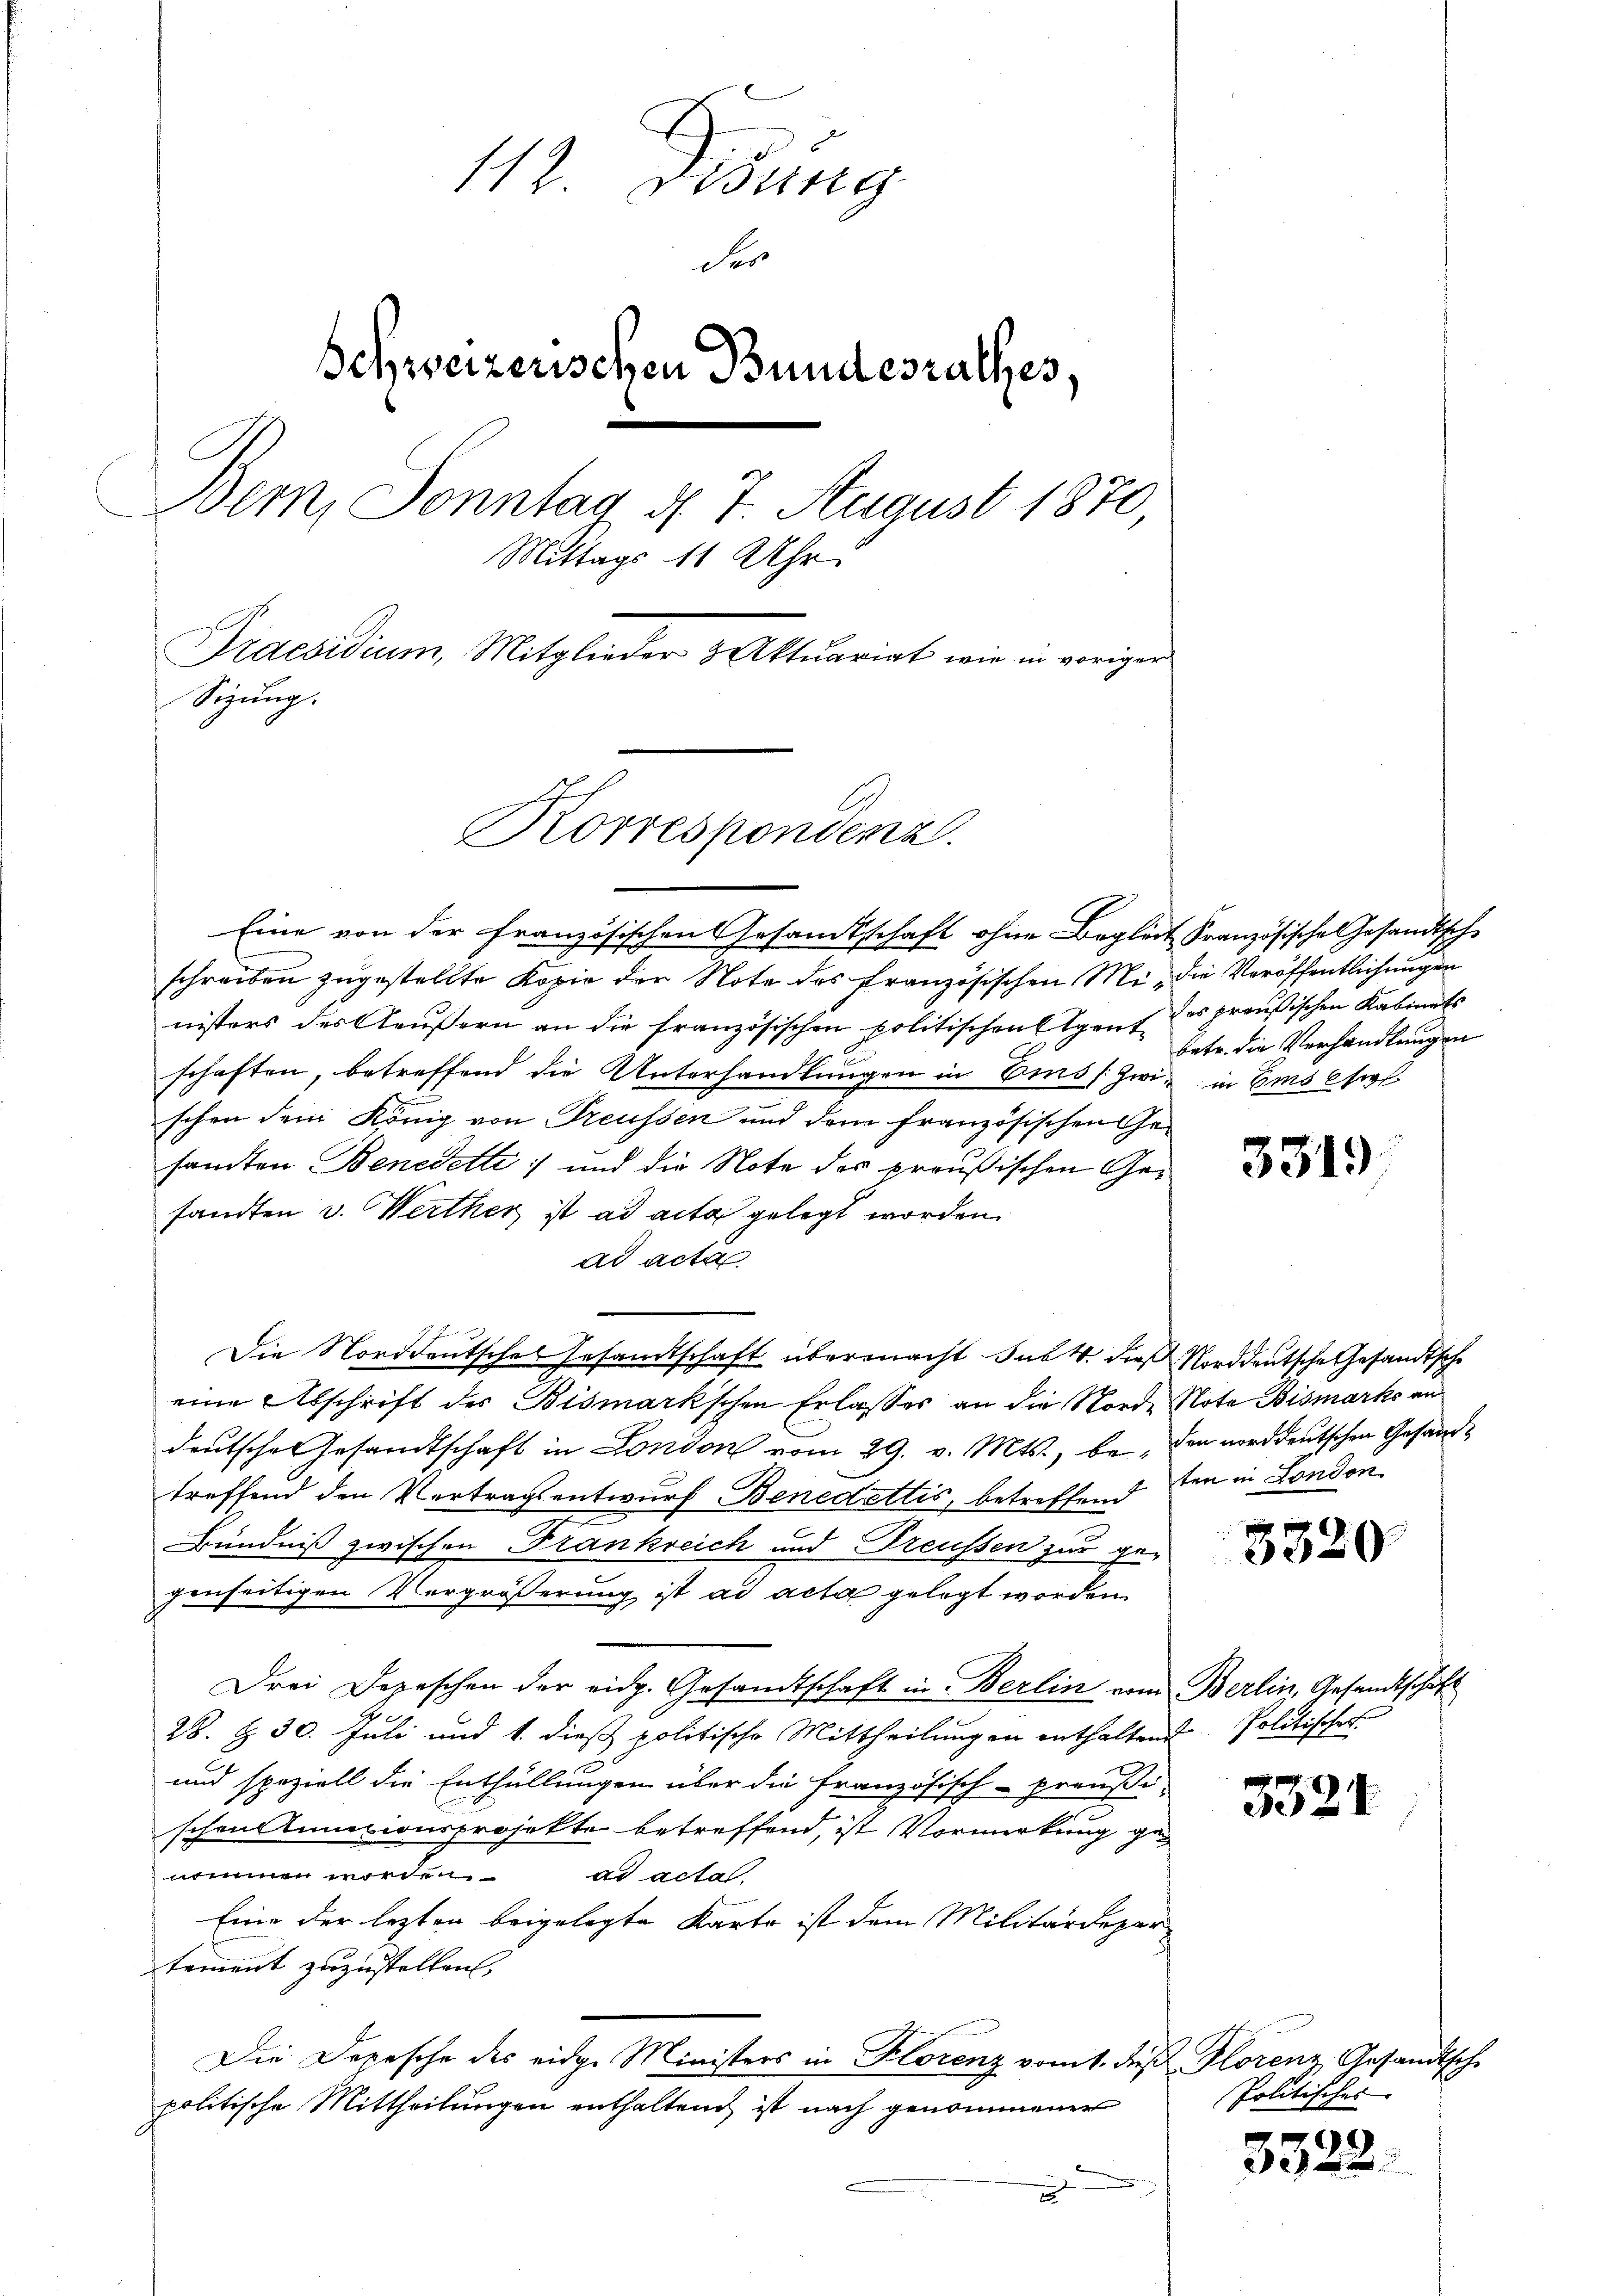
112. Disung
Ser
Schweizerischen Bundesrathes,
Bern, Sonntag d. 7. August 1870,
Mittags 11 Uhr.
Praesidium, Mitglieder & Aktuariat wie in voriger
Sizung.

Korrespondenz.

Eine von der französischen Gesandtschaft ohne Begleit Französische Gesandtsch-
schreiben zugestellte Kopie der Note des französischen Mi- die Veröffentlichungen
nisters des Aeußern an die französischen politischen Eigent der preußischen Kabinets
schaften, betreffend die Unterhandlungen in Eins zwi- in Ems sol
schon dem König von Treussen und dem französischen Gesamten Benedette; und die Note des preußischen Gesandten v. Werthey ist ad acta gelegt worden.
ad acta
Die Norddeutsches Gesandtschaft übermacht. sub. 4. dieß Norddeutsche Gesandtsche
eine Abschrift des Bismarkschen Erlasses an die Norde Note Bismarks an
deutsche Gesandtschaft in London vom 29. v. Mts., beden norddeutschen Gesandtreffend den Vertragsentwurf Benedettis, betreffend den in London
Bündniß zwischen Frankreich und Treussen zur gegenseitigen Vergrößerung ist ad acta gelegt worden.
Drei Depeschen der eidg. Gesandtschaft in Berlin vom Berlin, Gesandtschaft
28. § 30. Juli und 1. dieß politische Mittheilungen enthaltend Politisches
und speziell die Enthüllungen über die französisch-preußischon stumtionsprojekte betreffend, ist Vormerkung genommen worden. ad acta.
Eine der lezten beigelegte Karte ist dem Militärdepar
tement zuzustellen,
Die Depesche des eidge Ministers in Florenz vom 1. des Plorenz Gesandtsch
politische Mittheilungen enthaltend ist nach genommener
u

betr. die Verhandlungen

3319

3320

3324

Politisches

3528.